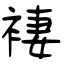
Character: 褄